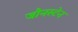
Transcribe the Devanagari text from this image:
जौनस्टेन